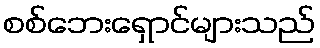
စစ်ဘေးရှောင်များသည်